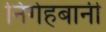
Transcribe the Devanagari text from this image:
निगेहबानी